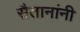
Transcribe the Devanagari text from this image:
सैतानांनी